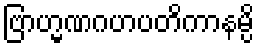
ဗြာဟ္မဏဂဟပတိကာနမ္ပိ